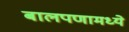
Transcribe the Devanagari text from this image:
बालपणामध्ये